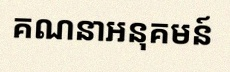
គណនាអនុគមន៍